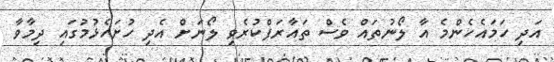
އަދި ހަމައެހެންމެ އާ ލޯނުތައް ވެސް ތައާރަފްކުރެވި ލޯނަށް އެދި ހުށަހެޅުމުގައި ދިމާވާ